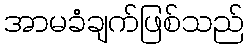
အာမခံချက်ဖြစ်သည်